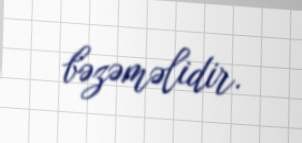
bəzəməlidir.